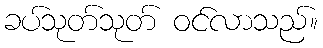
ခပ်သုတ်သုတ် ဝင်လာသည်။